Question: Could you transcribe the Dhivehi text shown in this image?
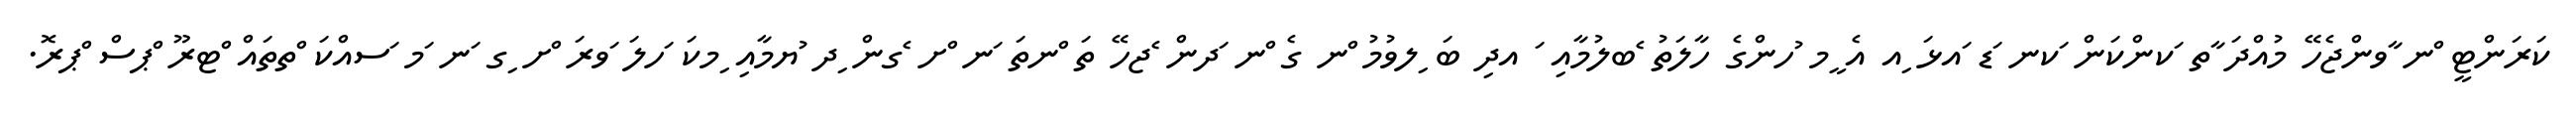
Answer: ކަރަންޓީ ްނ ާވންޖެހޭ މުއްދަ ާތ ަކންކަން ަކނ ަޑ ައޅަ ިއ އެ ީމ ުހންގެ ހާލަތު ެބލުމާއި ަ އދި ބަ ިލވުމު ްނ ގެ ްނ ަދން ެޖހޭ ތަ ްނތަ ަނ ްށ ެގން ިދ ުޔމާއި ިމކަ ަހލަ ަވރަ ްށ ިގ ަނ ަމ ަސއްކަ ްތތައް ްޓރޫ ްޕސް ްޕރޮ.